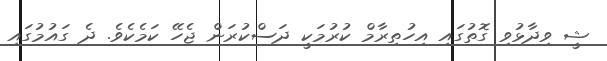
ޝީ ވިދާޅުވި ގޮތުގައި އިހުތިރާމް ކުރުމަކީ ދަސްކުރަން ޖެހޭ ކަމެކެވެ. ދެ ގައުމުގައި